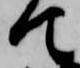
て